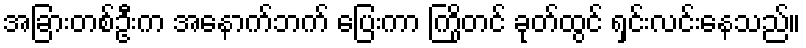
အခြားတစ်ဦးက အနောက်ဘက် ပြေးကာ ကြိုတင် ခုတ်ထွင် ရှင်းလင်းနေသည်။